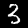
Label: 3